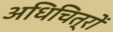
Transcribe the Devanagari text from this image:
अधिचित्रों